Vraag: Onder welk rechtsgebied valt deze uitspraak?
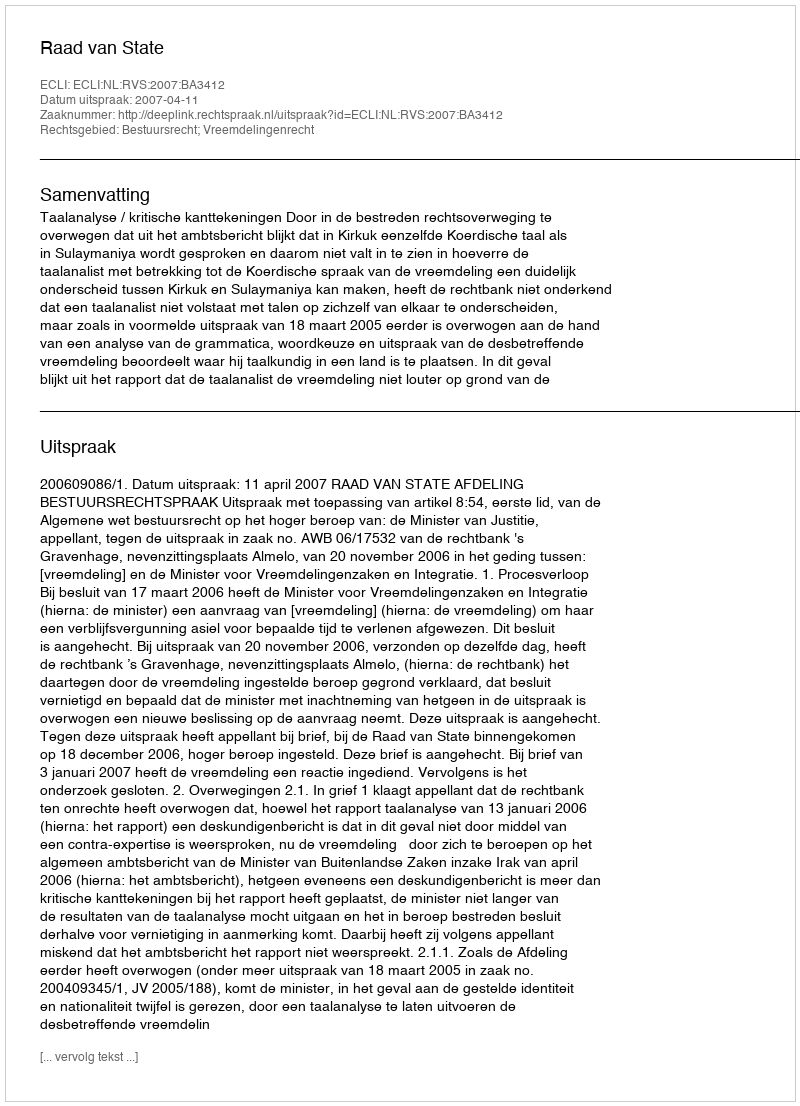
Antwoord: Bestuursrecht; Vreemdelingenrecht